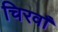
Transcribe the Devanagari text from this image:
चिरवाँ